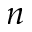
n